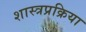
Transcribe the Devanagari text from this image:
शास्त्रप्रक्रिया